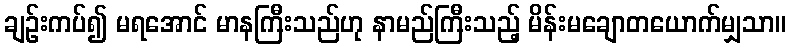
ချဉ်းကပ်၍ မရအောင် မာနကြီးသည်ဟု နာမည်ကြီးသည့် မိန်းမချောတယောက်မျှသာ။